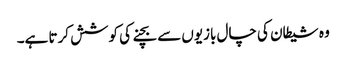
وہ شیطان کی چال بازیوں سے بچنے کی کوشش کرتا ہے۔